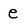
Character: e